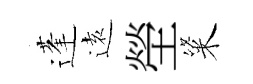
蓬逺塋粢